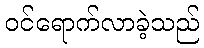
ဝင်ရောက်လာခဲ့သည်